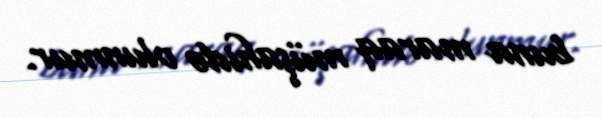
buna maraq müşahidə olunmur.